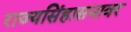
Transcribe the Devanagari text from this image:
राज्यसिंहासनावर